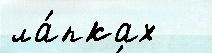
ла́пках